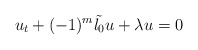
\begin{align*}u_t+(-1)^m\tilde{\l_0} u+\lambda u=0\end{align*}